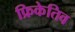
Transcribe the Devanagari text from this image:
फ्रिकेतिव